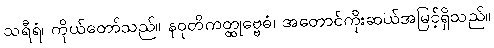
သရီရံ၊ ကိုယ်တော်သည်။ နဝုတိကတ္ထုဗ္ဗေဓံ၊ အတောင်ကိုးဆယ်အမြင့်ရှိသည်။